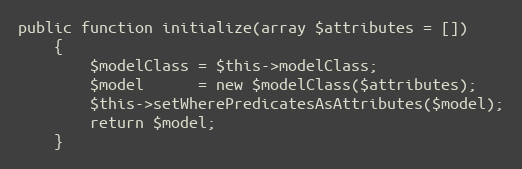
Language: PHP
public function initialize(array $attributes = [])
    {
        $modelClass = $this->modelClass;
        $model      = new $modelClass($attributes);
        $this->setWherePredicatesAsAttributes($model);
        return $model;
    }